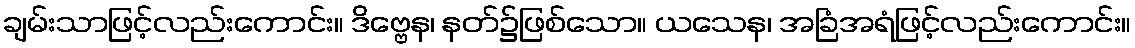
ချမ်းသာဖြင့်လည်းကောင်း။ ဒိဗ္ဗေန၊ နတ်၌ဖြစ်သော။ ယသေန၊ အခြံအရံဖြင့်လည်းကောင်း။